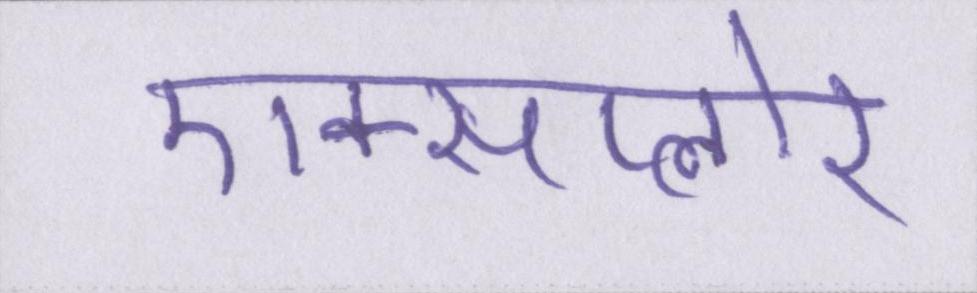
एक्सप्लोर